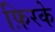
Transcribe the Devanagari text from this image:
फ़िरके